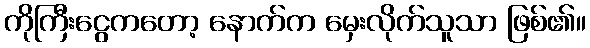
ကိုကြီးငွေကတော့ နောက်က မှေးလိုက်သူသာ ဖြစ်၏။